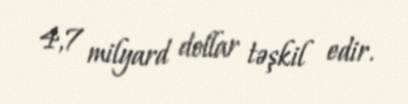
4,7 milyard dollar təşkil edir.